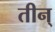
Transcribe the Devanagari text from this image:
तीन्